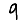
Digit: 9